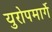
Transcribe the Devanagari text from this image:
युरोपमार्गे